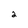
Character: 2